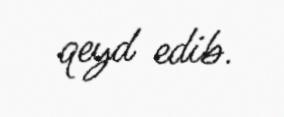
qeyd edib.